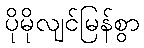
ပိုမိုလျင်မြန်စွာ